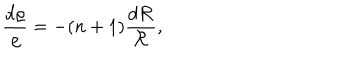
\frac { d \varrho } { \varrho } = - ( n + 1 ) \frac { d { \cal R } } { \cal R } ,